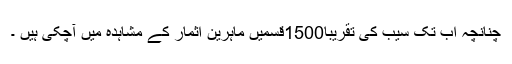
چنانچہ اب تک سیب کی تقریباً1500قسمیں ماہرین اثمار کے مشاہدہ میں آچکی ہیں ۔